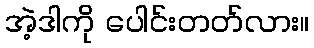
အဲ့ဒါကို ပေါင်းတတ်လား။